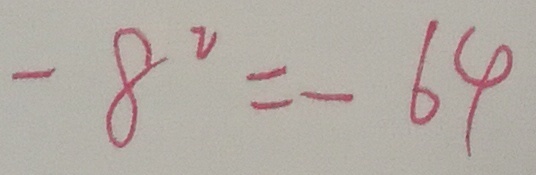
- 8 ^ { 2 } = - 6 4